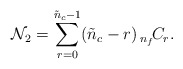
\begin{align*}{\cal N}_{2} = \sum_{r=0}^{\tilde{n}_{c}-1} (\tilde{n}_{c}-r) \,{}_{n_{f}}\!C_{r}. \end{align*}